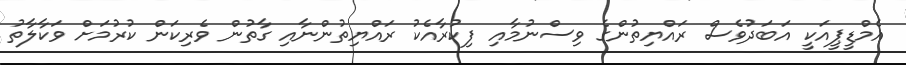
އެމްޑީޕީއަކީ އަބަދުވެސް ރައްޔިތުންގެ ވިސްނުމާއި ފިކުރާއެކު ރައްޔިތުންނާއި ގާތުން ވެރިކަން ކުރުމަށް ވަކާލާތު